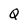
Character: Q